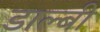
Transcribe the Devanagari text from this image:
डाल्बी